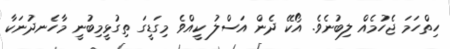
ހިތްހަމަ ޖެހުމެއް ލިބުނެވެ. އޯކޭ ދެން އަސްލު ކީއްވެ މިގަޑީގަ ތިގުޅީމިބުނީ މާހެނދުނަކާ